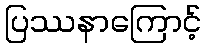
ပြဿနာကြောင့်